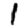
Digit: 1